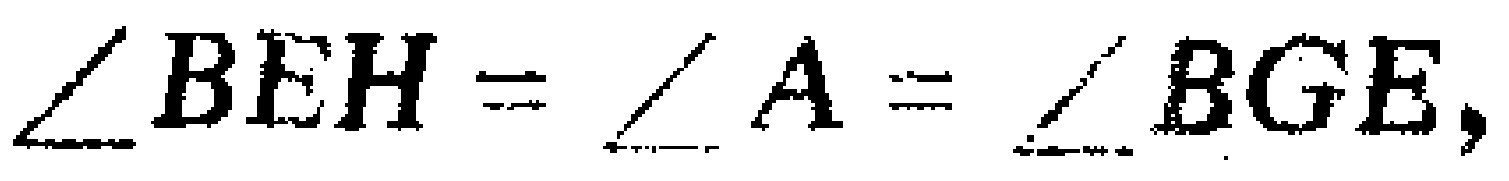
\(\angle BEH=\angle A = \angle BGE,\)